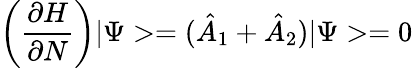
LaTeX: \left(\frac{\partial H}{\partial N}\right)|\Psi>=(\hat{A}_{1}+\hat{A}_{2})|\Psi>=0